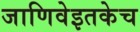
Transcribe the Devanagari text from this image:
जाणिवेइतकेच